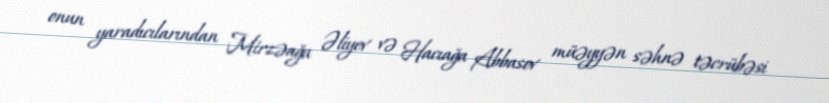
onun yaradıcılarından Mirzəağa Əliyev və Hacıağa Abbasov müəyyən səhnə təcrübəsi